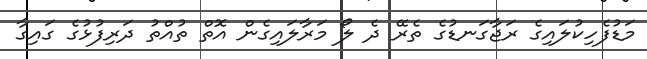
މަޑުފެހިކުލައިގެ ރަޖާގަނޑުގެ ތެރޭ ދެ ލޯ މަރާލައިގެން އޮތް ތުއްތު ދަރިފުޅުގެ ގައިގާ